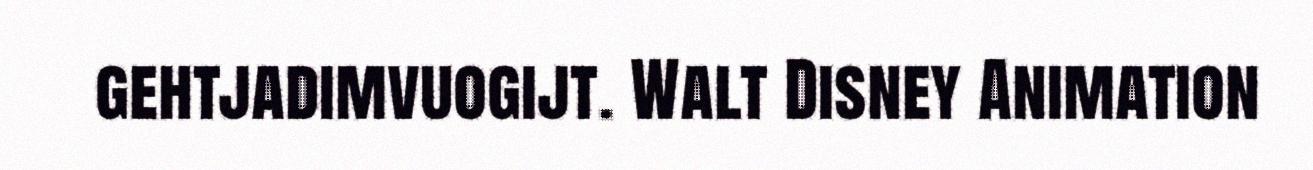
gehtjadimvuogijt. Walt Disney Animation